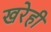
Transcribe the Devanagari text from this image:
खरेही